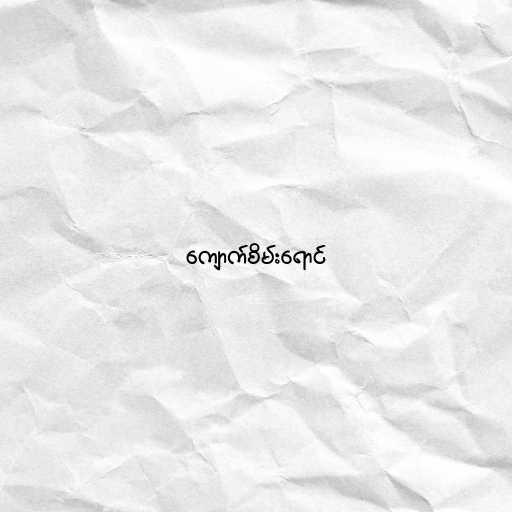
ကျောက်စိမ်းရောင်